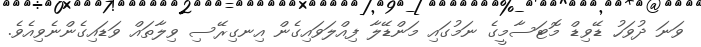
ވަނަ ދުވަހު ޑޭވިޑް މޮޓަސާމީގެ ނަމުގައި މަންޑޭލާ ފިއްލަވައިގެން އިނގިރޭސި ވިލާތައް ވަޑައިގެންނެވިއެވެ.